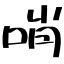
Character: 哨